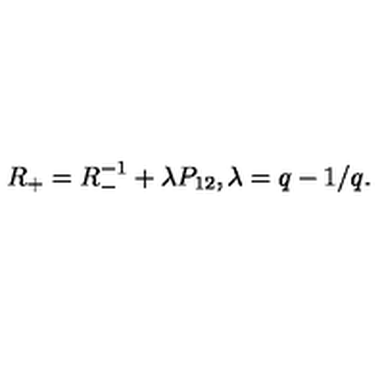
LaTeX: R _ { + } = R _ { - } ^ { - 1 } + \lambda P _ { 1 2 } , \lambda = q - 1 / q .